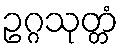
ဥဂ္ဂသုတ္တံ